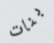
بنات